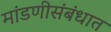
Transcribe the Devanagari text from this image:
मांडणीसंबंधात